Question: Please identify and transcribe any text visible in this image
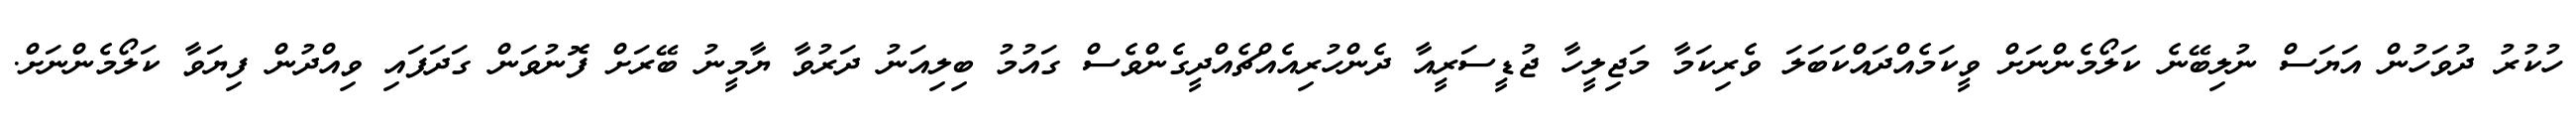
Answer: ހުކުރު ދުވަހުން އަޔަސް ނުލިބޭނެ ކަލޯމެންނަށް ވީކަމެއްދައްކަބަލަ ވެރިކަމާ މަޖިލީހާ ޖުޑީސަރީއާ ދެންހުރިއެއްޗެއްދީގެންވެސް ގައުމު ބިލިއަނު ދަރުވާ ޔާމީނު ބޭރަށް ފޮނުވަން ގަދަފައި ވިއްދުން ފިޔަވާ ކަލޯމެންނަށް.